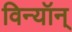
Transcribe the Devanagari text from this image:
विन्यॉन्